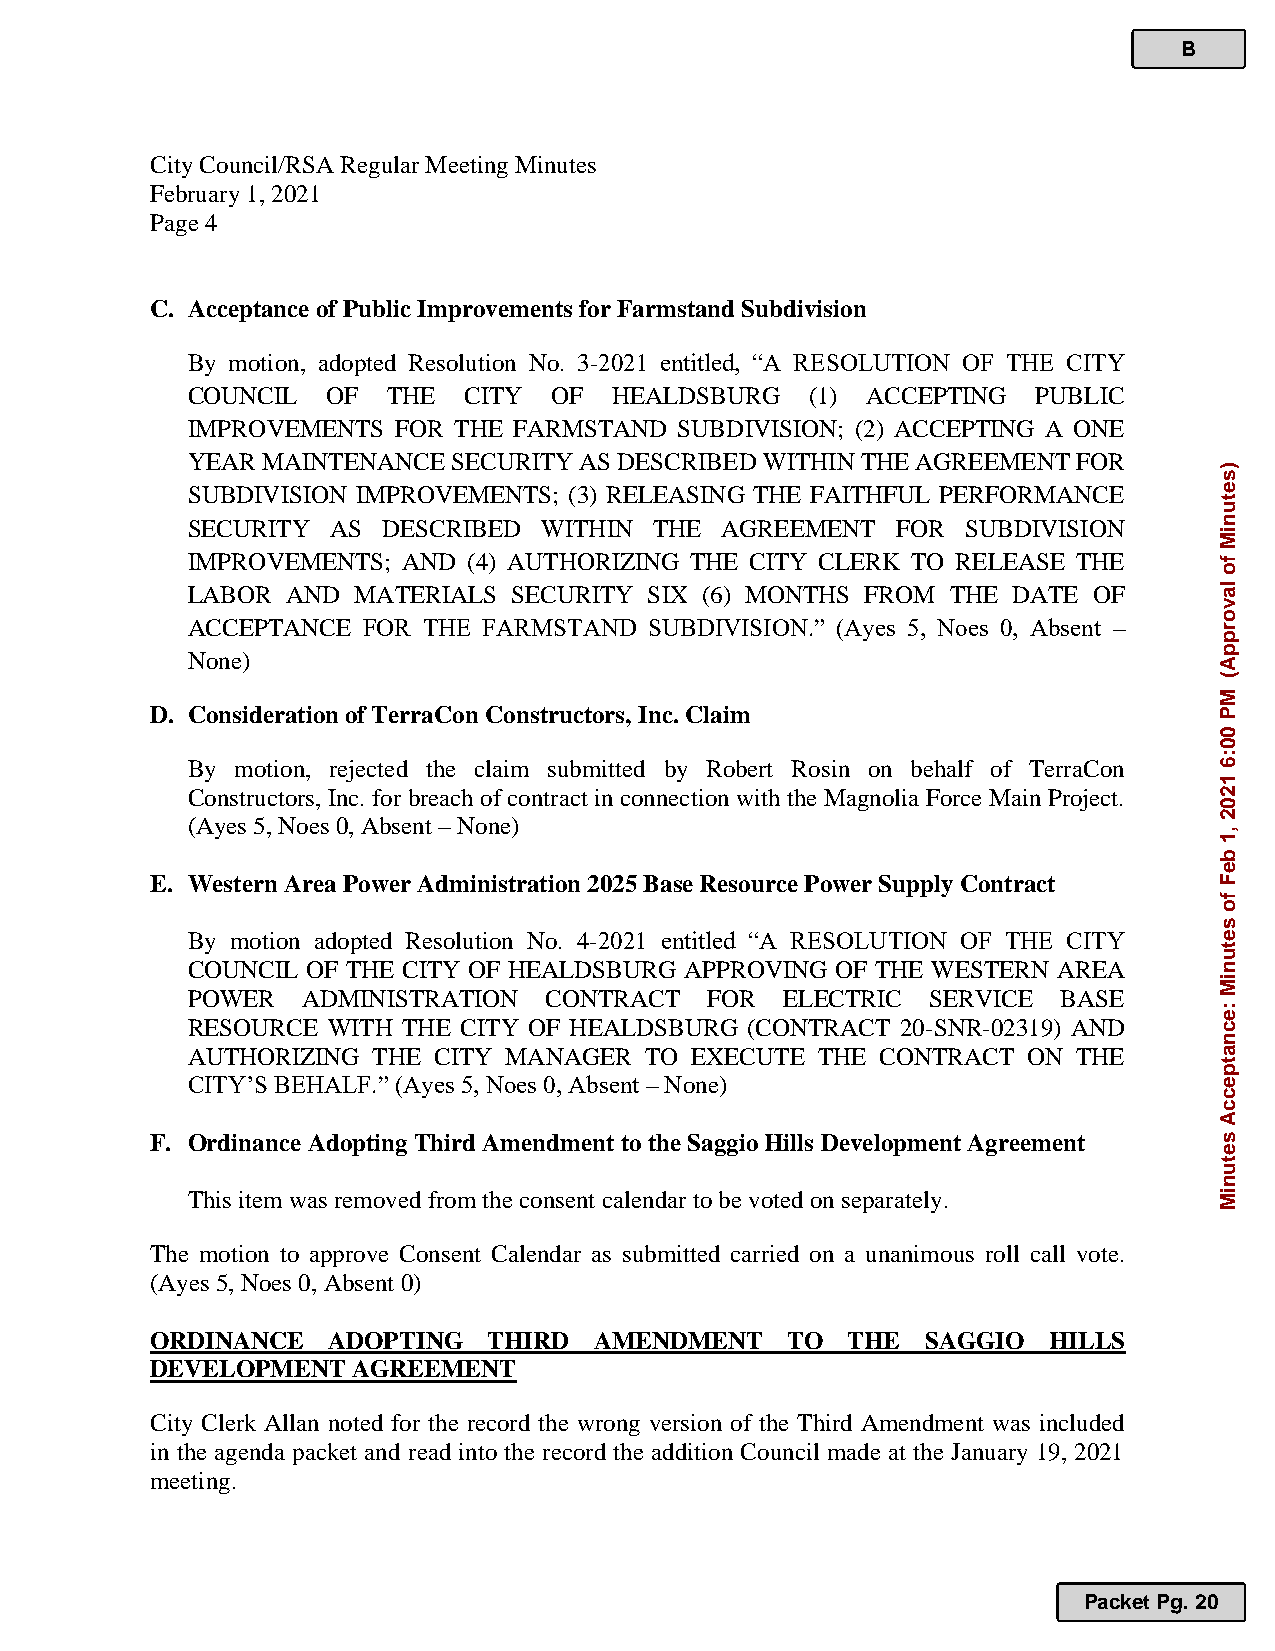
B
 City Council/RSA Regular Meeting Minutes
 February 1, 2021
 Page 4
 C. Acceptance of Public Improvements for Farmstand Subdivision
 By motion, adopted Resolution No. 3-2021 entitled, “A RESOLUTION OF THE CITY
 COUNCIL   OF  THE  CITY  OF  HEALDSBURG   (1) ACCEPTING  PUBLIC
 IMPROVEMENTS  FOR THE FARMSTAND  SUBDIVISION; (2) ACCEPTING A ONE
 YEAR MAINTENANCE  SECURITY AS DESCRIBED WITHIN THE AGREEMENT FOR
 SUBDIVISION IMPROVEMENTS; (3) RELEASING THE FAITHFUL PERFORMANCE
 SECURITY  AS DESCRIBED  WITHIN THE  AGREEMENT  FOR  SUBDIVISION
 IMPROVEMENTS;  AND (4) AUTHORIZING THE CITY CLERK TO RELEASE THE
 LABOR  AND MATERIALS  SECURITY SIX (6) MONTHS FROM THE DATE OF
 ACCEPTANCE  FOR THE FARMSTAND  SUBDIVISION.” (Ayes 5, Noes 0, Absent –
 None)
 D. Consideration of TerraCon Constructors, Inc. Claim
 By  motion, rejected the claim submitted by Robert Rosin on behalf of TerraCon
 Constructors, Inc. for breach of contract in connection with the Magnolia Force Main Project.
 (Ayes 5, Noes 0, Absent – None)
 E. Western Area Power Administration 2025 Base Resource Power Supply Contract
 By motion adopted Resolution No. 4-2021 entitled “A RESOLUTION OF THE CITY
 COUNCIL OF THE CITY OF HEALDSBURG APPROVING OF THE WESTERN AREA
 POWER   ADMINISTRATION  CONTRACT   FOR  ELECTRIC  SERVICE BASE
 RESOURCE  WITH THE CITY OF HEALDSBURG (CONTRACT 20-SNR-02319) AND
 AUTHORIZING  THE CITY MANAGER  TO EXECUTE THE CONTRACT  ON THE
 CITY’S BEHALF.” (Ayes 5, Noes 0, Absent – None)
 F. Ordinance Adopting Third Amendment to the Saggio Hills Development Agreement
 This item was removed from the consent calendar to be voted on separately.
 The motion to approve Consent Calendar as submitted carried on a unanimous roll call vote.
 (Ayes 5, Noes 0, Absent 0)
 ORDINANCE   ADOPTING  THIRD  AMENDMENT    TO  THE  SAGGIO  HILLS
 DEVELOPMENT  AGREEMENT
 City Clerk Allan noted for the record the wrong version of the Third Amendment was included
 in the agenda packet and read into the record the addition Council made at the January 19, 2021
 meeting.
 Packet Pg. 20
 )setuniM
 fo
 lavorppA(
 MP
 00:6
 1202
 ,1
 beF
 fo
 setuniM
 :ecnatpeccA
 setuniM